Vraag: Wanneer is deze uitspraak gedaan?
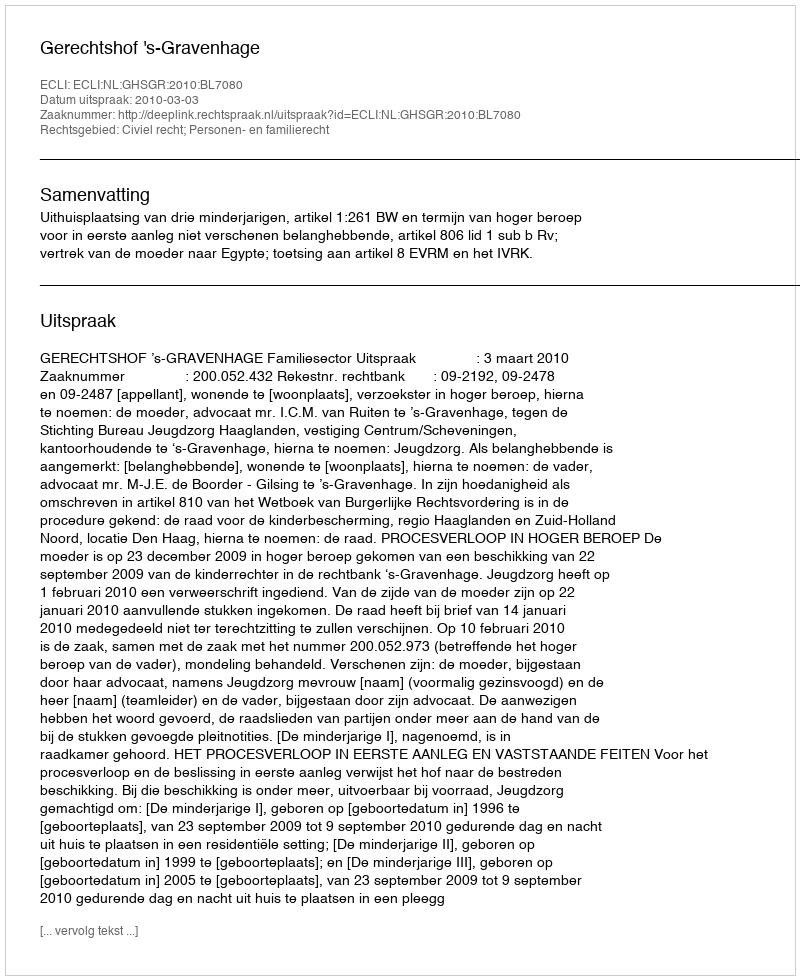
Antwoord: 2010-03-03